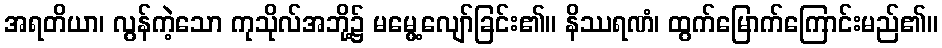
အရတိယာ၊ လွန်ကဲ့သော ကုသိုလ်အဘို့၌ မမွေ့လျော်ခြင်း၏။ နိဿရဏံ၊ ထွက်မြောက်ကြောင်းမည်၏။